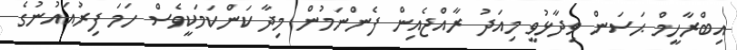
އިބްރާހީމް ޙަސަން ވިދާޅުވީ މިއަދު ރާއްޖެއިން ފެންނަމުން މިދާ ކަންކަމަކީވެސް ހަމަ ފިރުއައުނުގެ